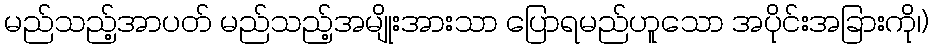
မည်သည့်အာပတ် မည်သည့်အမျိုးအားသာ ပြောရမည်ဟူသော အပိုင်းအခြားကို၊)